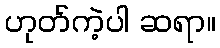
ဟုတ်ကဲ့ပါ ဆရာ။